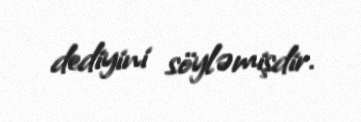
dediyini söyləmişdir.